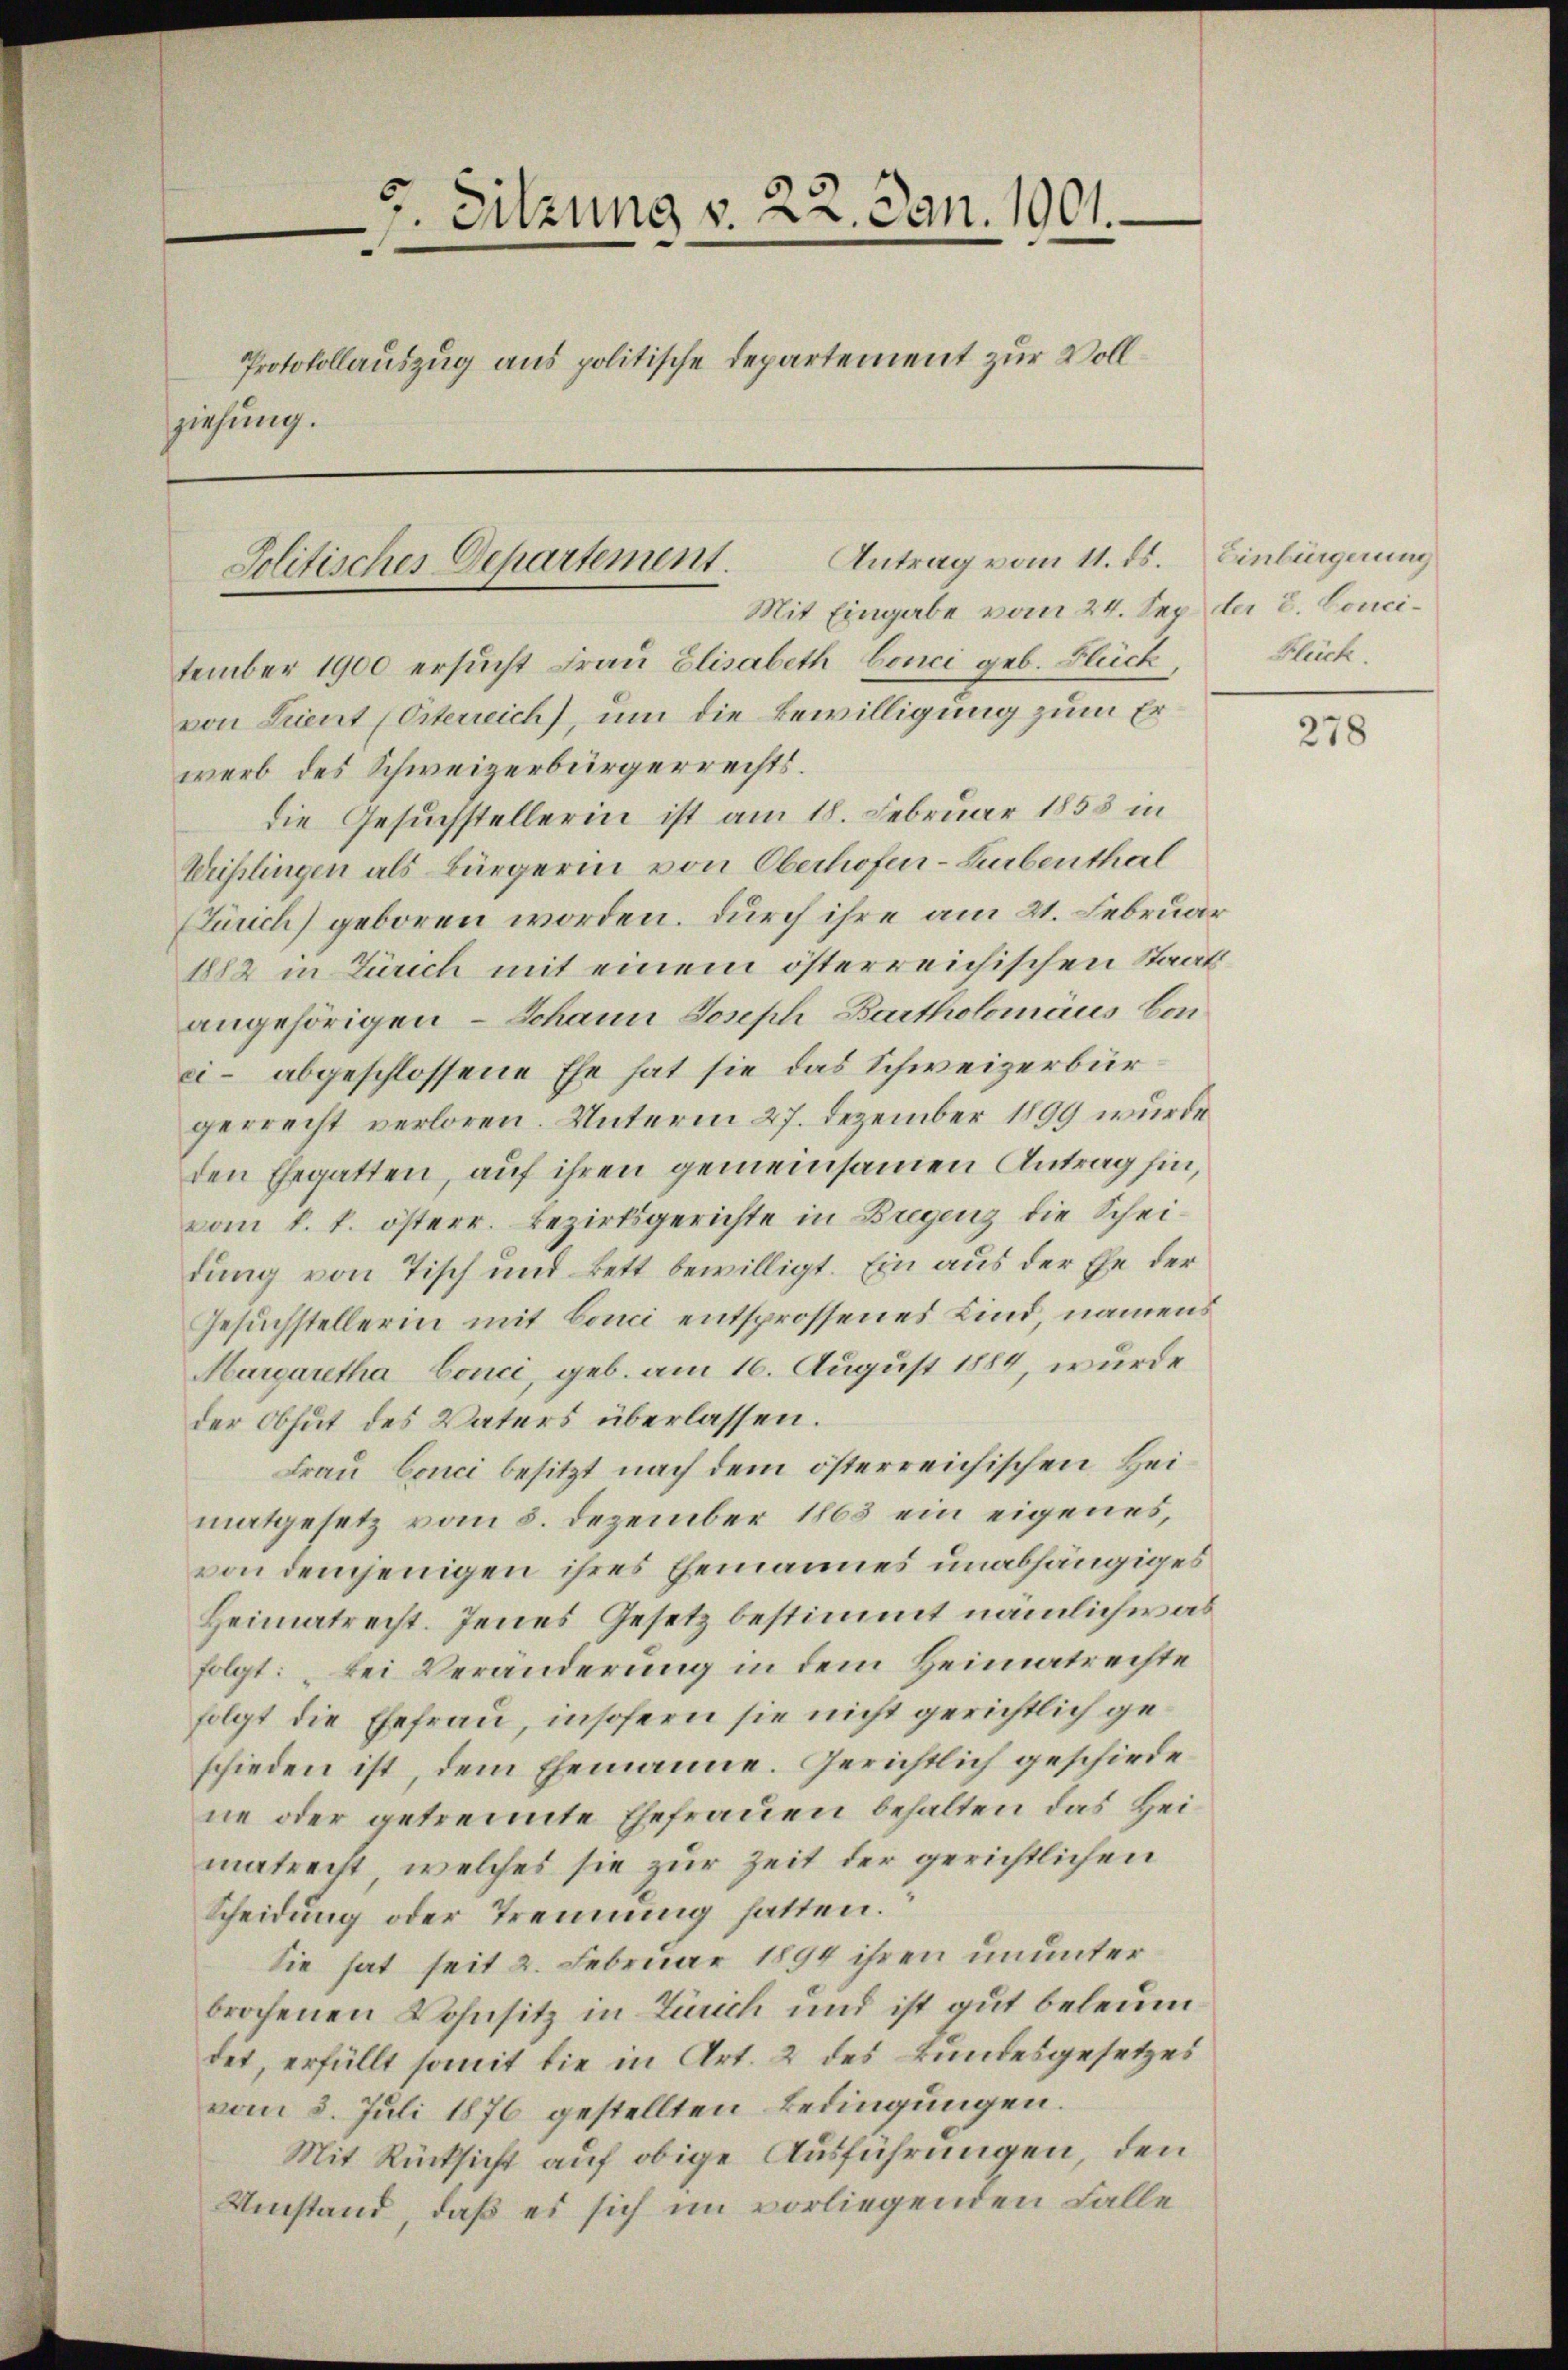
5
Sitzung v. 22. Jan. 1901.
Protokollauszug aus politische Departement zur Vollziehung.

Antrag vom 11. ds. Einbürgerung
Jolitisches Departement.
Mit Eingabe vom 24. Sep. der 8. Conci¬

tember 1900 ersucht Frau Elisabeth Conci geb. Blück,
von Lient (Osterreich, um die Bewilligung zum Erwerb des Schweizerbürgerrechts.
die Gesuchstellerin ist am 18. Februar 1853 in
Weißlingen als Bürgerinn von Oberhofen-Surbenthal
Zürich) geboren worden. Durch ihre am 21. Februar
1882 in Zürich mit einem österreichischen Staatsangehörigen – Johann Joseph Bartholomäus Con
ei – abgeschlossene Ehe hat sie das Schweizerbürgerrecht verloren. Unterm 27. Dezember 1899 wurde
den Ehegatten, auf ihren gemeinsamen Antrag hin,
vom k. k. österr. Bezirksgerichte in Bregenz die Scheidung von Tisch und Bett bewilligt. Ein aus der Ehe der
Gesuchstellerin mit Conci entsprossenes Kind, namens
Margaretha Conci, geb. am 16. August 1884, wurde
der Obhut des Vaters überlassen.
Frau Conci besitzt nach dem österreichischen Heimatgesetz vom 5. Dezember 1863 ein eigenes,
von demjenigen ihres Ehemannes unabhängiges
Heimatrecht. Jenes Gesetz bestimmt nämlich was
folgt: „Bei Veränderung in dem Heimatrechte
folgt die Ehefrau, insofern sie nicht gerichtlich geschieden ist, dem Ehemanne. Gerichtlich geschiede
ne oder getrennte Ehefrauen behalten das Heimatrecht, welches sie zur Zeit der gerichtlichen
Scheidung oder Trennung hatten.
Sie hat seit 2. Februar 1894 ihren ununter
brochenen Wohnsitz in Zürich und ist gut beleumdet, erfüllt somit die in Art. 2 des Bundesgesetzes
vom 3. Juli 1876 gestellten Bedingungen.
Mit Rücksicht auf obige Ausführungen, den
Umstand, daß es sich im vorliegenden Falle

Bleich.

278